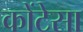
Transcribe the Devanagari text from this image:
कोंटेसा